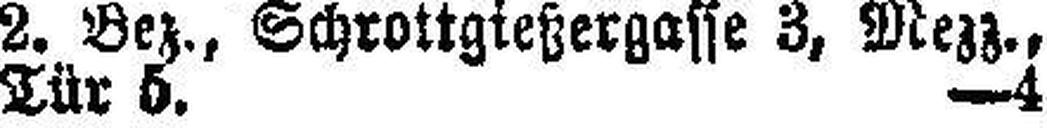
Tür 5. 4